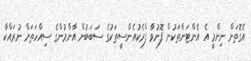
އެގޮތަށް ނިންމީ އެ އެންޓަނާތަކުން ފޮނުވާ ފްރެކުއެންސީތަކުގެ ސަބަބުން އާންމުންގެ ސިއްހަތަށް ނުރައްކާ